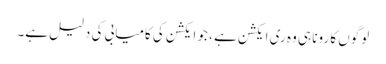
لوگوں کا رونا ہی وہ ری ایکشن ہے ، جو ایکشن کی کامیابی کی دلیل ہے۔